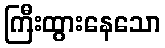
ကြီးထွားနေသော